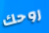
روحك